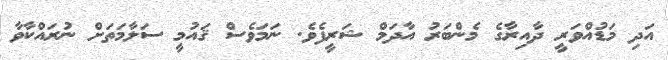
އަދި މަޑުއްވަރީ ދާއިރާގެ މެންބަރު އާދަމް ޝަރީފެވެ. ނަމަވެސް ޤައުމީ ސަލާމަތަށް ނުރައްކާވާ